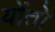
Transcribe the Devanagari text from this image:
योंतो